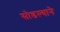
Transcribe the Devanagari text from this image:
सोडल्याने